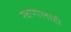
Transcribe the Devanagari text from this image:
रक्षणालाही